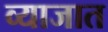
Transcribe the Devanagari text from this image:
व्याजात